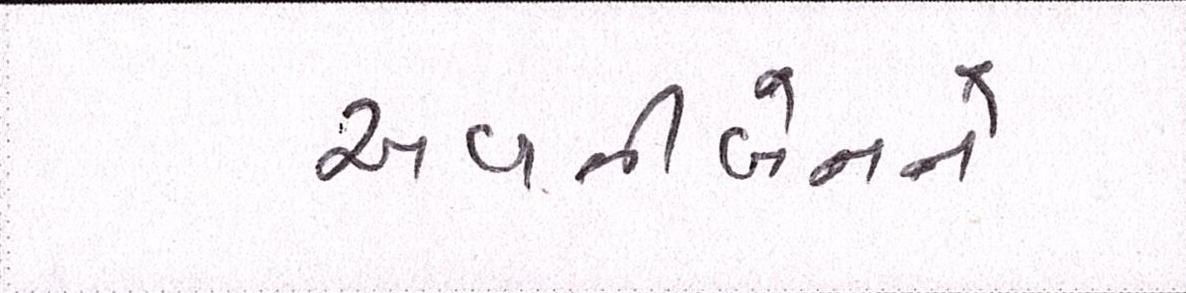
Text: અવનીબેનને